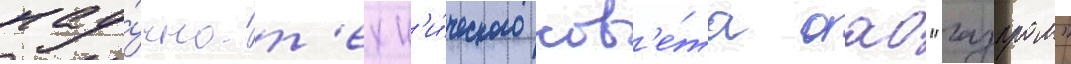
нау́чно-т'ехн'и́ческого сов'е́та оао "газпром"